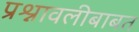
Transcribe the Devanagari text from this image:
प्रश्नावलीबाबत